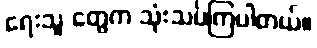
ရေးသူ တွေက သုံးသပ်ကြပါတယ်။